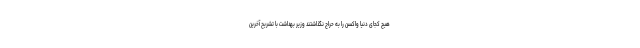
هیچ کجای دنیا واکسن را به حراج نگذاشتند وزیر بهداشت با تشریح آخرین